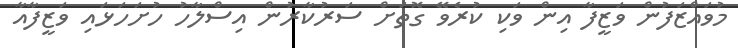
މުވައްޒަފުން ވަޒީފާ އިން ވަކި ކުރެވޭ ގޮތަށް ސަރުކާރުން އިސްލާހު ހުށަހަޅައި ވަޒީފާއާ